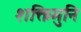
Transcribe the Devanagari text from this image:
शक्तिमुनि